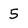
Character: 5